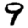
Digit: 9